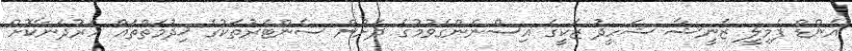
އެންޑް ފެމިލީ ޒެނީޝާ ޝަހީދު ޒަކީގެ އިސްނެންގެވުމުގެ ދަށުން ސެންޓަރުތަކުގެ ޚިދުމަތްތައް ހަރުދަނާކޮށް